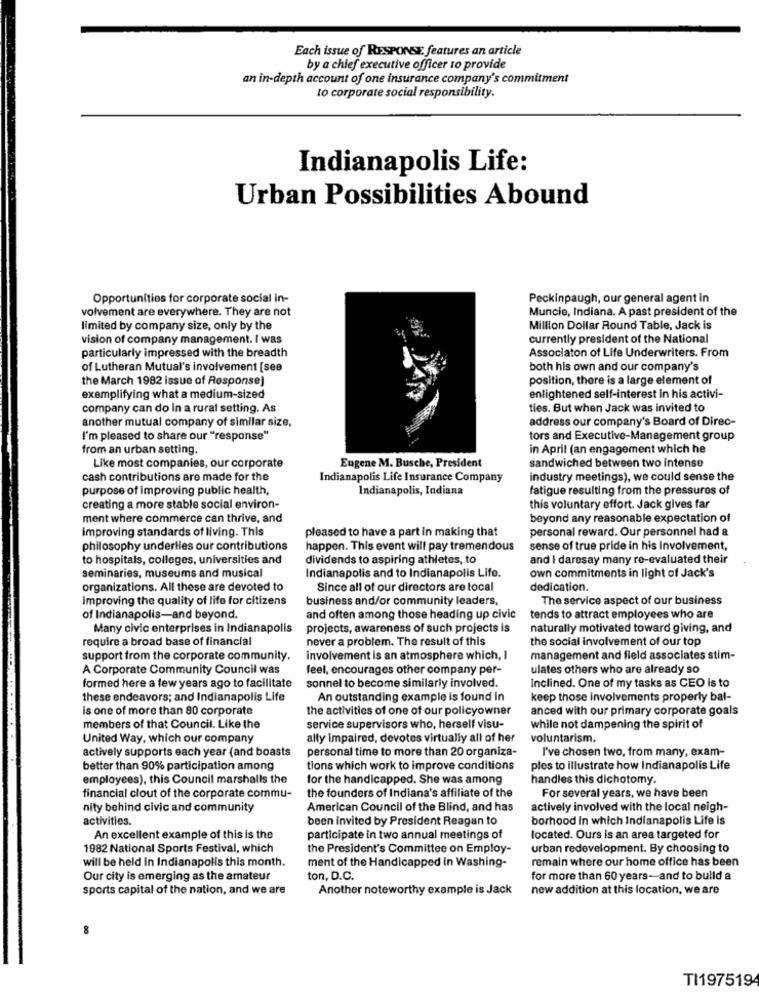
Each issue of RESPONSE features an article
by a chief executive officer to provide
an in-depth account of one insurance company's commitment
to corporate social responsibility.
Indianapolis Life:
Urban Possibilities Abound
Opportunities for corporate social in-
Peckinpaugh, our general agent in
volvement are everywhere. They are not
Muncie, Indiana. A past president of the
limited by company size, only by the
Million Dollar Round Table, Jack is
vision of company management. I was
currently president of the National
particularly impressed with the breadth
Associaton of Life Underwriters. From
of Lutheran Mutual's involvement [see
both his own and our company's
the March 1982 issue of Response)
position, there is a large element of
exemplifying what a medium-sized
enlightened self-interest in his activi-
company can do in a rural setting. As
ties. But when Jack was invited to
another mutual company of similar size,
address our company's Board of Direc-
I'm pleased to share our "response"
tors and Executive-Management group
from an urban setting.
in April (an engagement which he
Like most companies, our corporate
Eugene M. Busche, President
sandwiched between two intense
cash contributions are made for the
Indianapolis Life Insurance Company
industry meetings), we could sense the
purpose of improving public health,
Indianapolis, Indiana
fatigue resulting from the pressures of
creating a more stable social environ-
this voluntary effort. Jack gives far
ment where commerce can thrive, and
beyond any reasonable expectation of
improving standards of living. This
pleased to have a part in making that
personal reward. Our personnel had &
philosophy underlies our contributions
happen. This event will pay tremendous
sense of true pride in his involvement,
to hospitals, colleges, universities and
dividends to aspiring athletes, to
and I daresay many re-evaluated their
seminaries, museums and musical
Indianapolis and to Indianapolis Life.
own commitments in light of Jack's
organizations. All these are devoted to
Since all of our directors are local
dedication.
Improving the quality of life for citizens
business and/or community leaders,
The service aspect of our business
of Indianapolis-and beyond.
and often among those heading up civic
tends to attract employees who are
Many civic enterprises in Indianapolis
projects, awareness of such projects is
naturally motivated toward giving, and
require a broad base of financial
never a problem. The result of this
the social involvement of our top
support from the corporate community.
involvement is an atmosphere which, I
management and field associates stim-
A Corporate Community Council was
feel, encourages other company per-
ulates others who are already so
formed here a few years ago to facilitate
sonnel to become similarly involved.
Inclined. One of my tasks as CEO is to
these endeavors; and Indianapolis Life
An outstanding example is found in
keep those involvements properly bal-
is one of more than 80 corporate
the activities of one of our policyowner
anced with our primary corporate goals
members of that Council. Like the
service supervisors who, herself visu-
while not dampening the spirit of
United Way, which our company
ally impaired, devotes virtually all of her
voluntarism.
actively supports each year (and boasts
personal time to more than 20 organiza-
I've chosen two, from many, exam-
better than 90% participation among
tions which work to improve conditions
ples to illustrate how Indianapolis Life
employees), this Council marshalls the
for the handicapped. She was among
handles this dichotomy.
For several years, we have been
financial clout of the corporate commu-
the founders of Indiana's affiliate of the
nity behind civic and community
American Council of the Blind, and has
actively involved with the local neigh-
activities.
been invited by President Reagan to
borhood in which Indianapolis Life is
An excellent example of this is the
participate in two annual meetings of
located. Ours is an area targeted for
1982 National Sports Festival, which
the President's Committee on Employ-
urban redevelopment. By choosing to
will be held in Indianapolis this month.
remain where our home office has been
ment of the Handicapped In Washing-
Our city is emerging as the amateur
ton, D.C.
for more than 60 years-and to build a
sports capital of the nation, and we are
Another noteworthy example is Jack
new addition at this location, we are
8
TI1975194